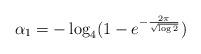
LaTeX: \begin{align*}\alpha_1 = -\log_4 (1-e^{-\frac{2\pi}{\sqrt{\log 2}}})\end{align*}